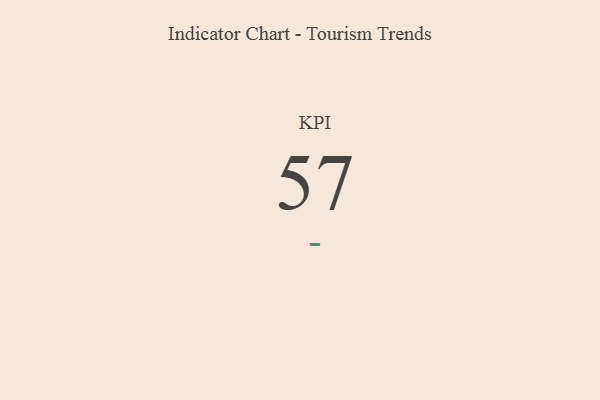
{"axis": {"x": "KPI", "y": "Value"}, "legend": [""], "data": [{"x": "KPI", "y": 57, "type": ""}]}